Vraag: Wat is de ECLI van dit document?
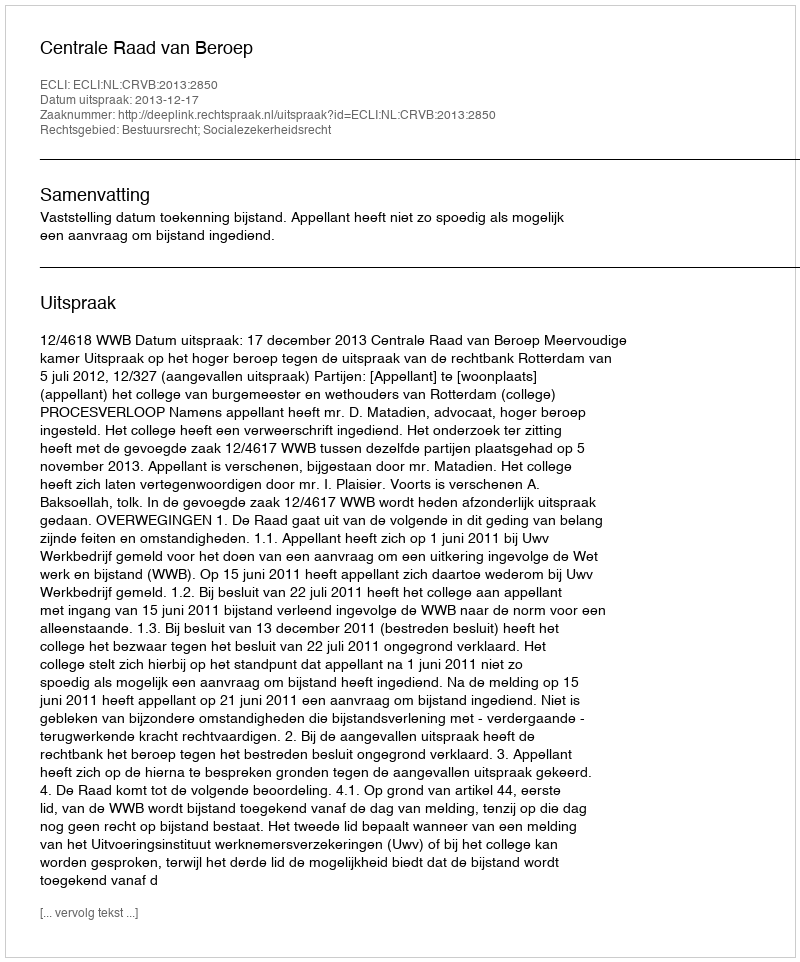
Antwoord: ECLI:NL:CRVB:2013:2850